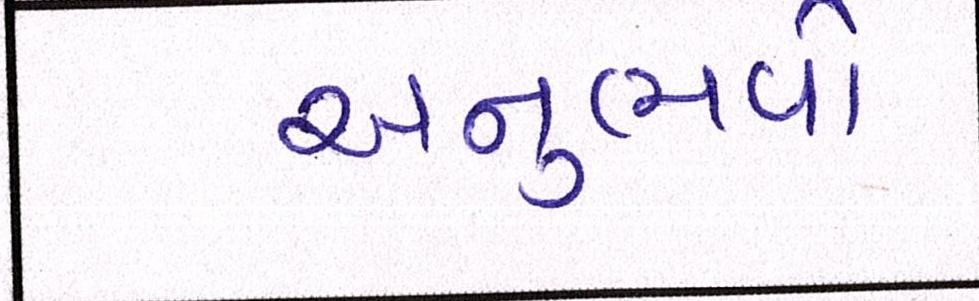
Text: અનુભવો